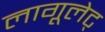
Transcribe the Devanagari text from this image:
लागूलेट्